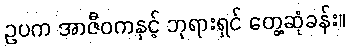
ဥပက အာဇီဝကနှင့် ဘုရားရှင် တွေ့ဆုံခန်း။